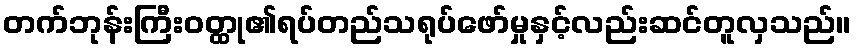
တက်ဘုန်းကြီးဝတ္ထု၏ရပ်တည်သရုပ်ဖော်မှုနှင့်လည်းဆင်တူလှသည်။